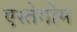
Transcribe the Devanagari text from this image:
एस्तेर्गोम